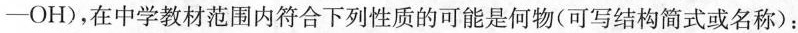
-OH)，在中学教材范围内符合下列性质的可能是何物(可写结构简式或名称)：